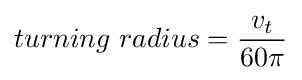
turning\ radius={\frac {v_{t}}{60\pi }}